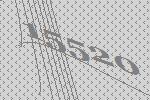
15520